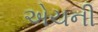
એચની